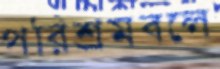
পরিশ্রমবলে